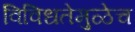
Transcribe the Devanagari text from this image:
विविधतेमुळेच